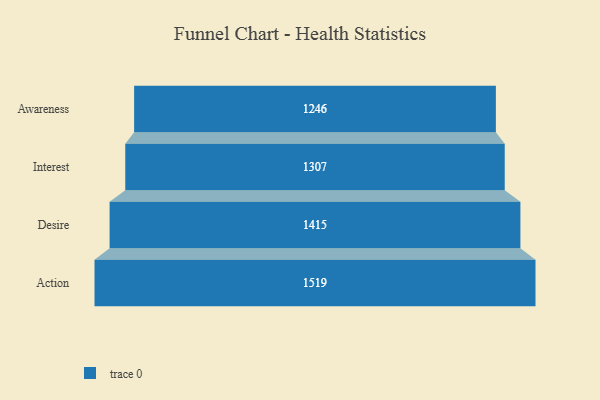
{"axis": {"x": "Stage", "y": "Value"}, "legend": [""], "data": [{"x": "Awareness", "y": 1246.0, "type": ""}, {"x": "Interest", "y": 1307.0, "type": ""}, {"x": "Desire", "y": 1415.0, "type": ""}, {"x": "Action", "y": 1519.0, "type": ""}]}